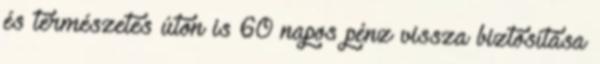
és természetes úton is 60 napos pénz vissza biztosítása